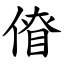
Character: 傄